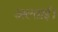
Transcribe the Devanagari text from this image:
अल्ताई।